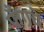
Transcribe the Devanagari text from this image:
फँगचे